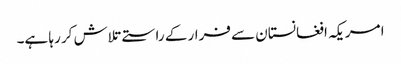
ا مریکہ افغانستان سے فرار کے راستے تلاش کر رہا ہے۔